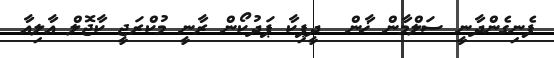
ފެނިގެންދާނީ ސަލްމާން ޚާން  ދީޕިކާ ޕަދުކޯން ރާނީ މުކްރަޖީ ކާޖޮލް އާލިއާ